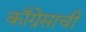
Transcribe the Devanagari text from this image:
काँग्रेसाची